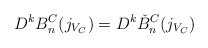
\begin{align*} D^{k} B^C_n(j_{V_C}) = D^{k} \check{B}^C_n(j_{V_C})\end{align*}